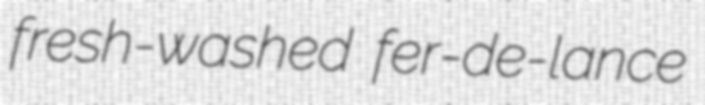
fresh-washed fer-de-lance